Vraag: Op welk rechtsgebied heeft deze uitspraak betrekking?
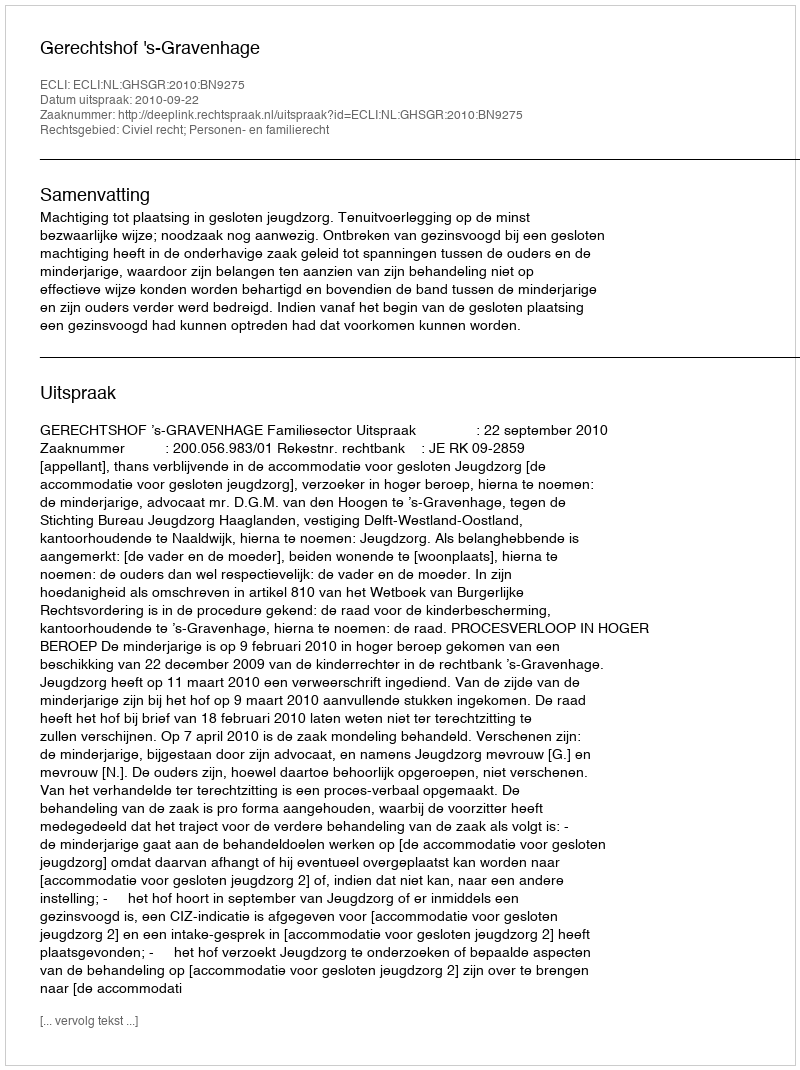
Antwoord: Civiel recht; Personen- en familierecht